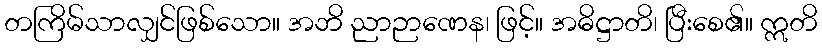
တကြိမ်သာလျှင်ဖြစ်သော။ အဘိ ညာဉာဏေန၊ ဖြင့်။ အဓိဋ္ဌာတိ၊ ပြီးစေ၏။ ဣတိ